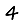
Digit: 4